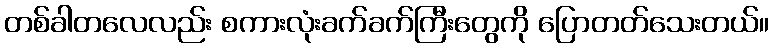
တစ်ခါတလေလည်း စကားလုံးခက်ခက်ကြီးတွေကို ပြောတတ်သေးတယ်။